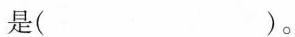
是( )